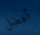
أفضل